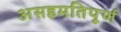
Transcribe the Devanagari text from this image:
असहमतिपूर्ण